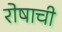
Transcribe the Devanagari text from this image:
रोषाची